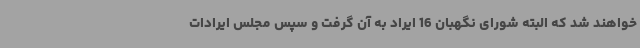
خواهند شد که البته شورای نگهبان 16 ایراد به آن گرفت و سپس مجلس ایرادات